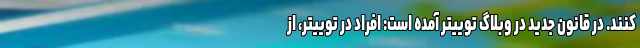
کنند. در قانون جدید در وبلاگ توییتر آمده است: افراد در توییتر، از